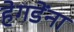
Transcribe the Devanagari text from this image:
हेगडेंना